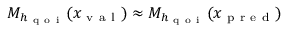
M _ { h _ { \mathrm { ~ q ~ o ~ i ~ } } } ( x _ { \mathrm { ~ v ~ a ~ l ~ } } ) \approx M _ { h _ { \mathrm { ~ q ~ o ~ i ~ } } } ( x _ { \mathrm { ~ p ~ r ~ e ~ d ~ } } )